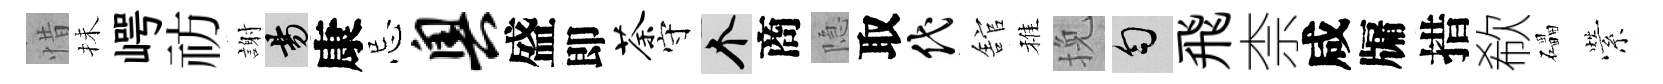
惜抺崿祊謝昜康忌奥盛即荼守个商隐取代舘稚挽匀飛柰咸牖措欷礧縈